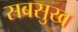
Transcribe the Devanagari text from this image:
सबसुख